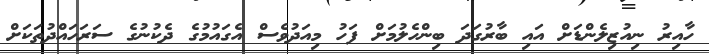
ހާއިރު ނިއުޒިލެންޑަށް އައި ބާރުގަދަ ބިންހެލުމަށް ފަހު މިއަދުވެސް އެގައުމުގެ ދެކުނުގެ ސަރަހައްދުތަކަށް